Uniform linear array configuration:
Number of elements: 4
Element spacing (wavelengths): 1
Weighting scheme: hamming
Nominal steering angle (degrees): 15
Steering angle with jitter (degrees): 14.398
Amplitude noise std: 0.05
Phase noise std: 0.05

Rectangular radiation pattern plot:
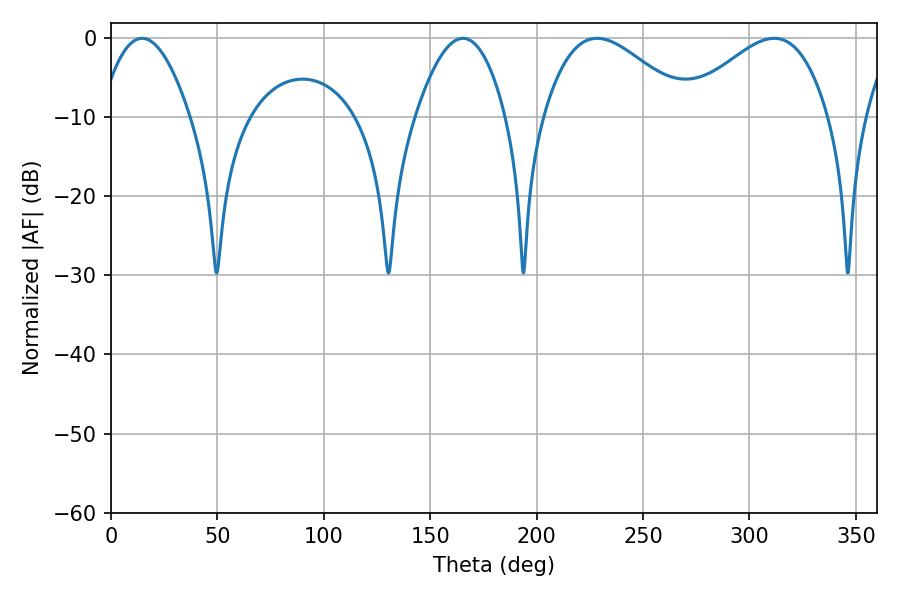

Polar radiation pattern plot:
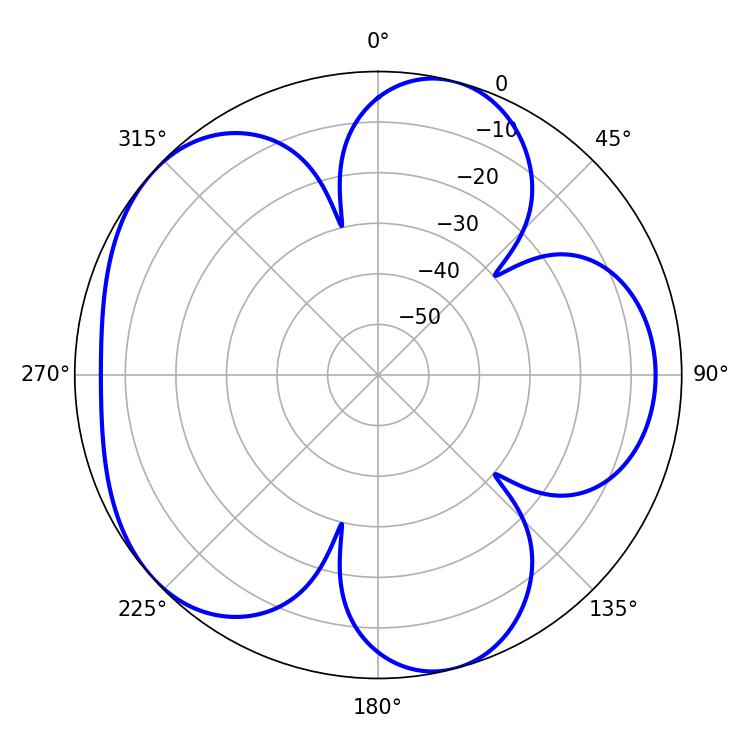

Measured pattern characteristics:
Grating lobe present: TRUE
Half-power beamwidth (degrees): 36.9
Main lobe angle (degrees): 228.42